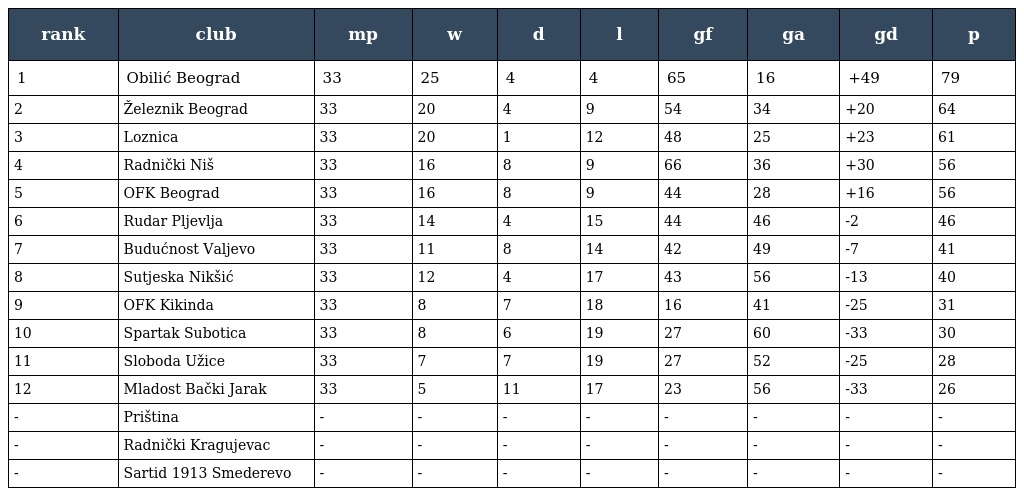
| rank | club | mp | w | d | l | gf | ga | gd | p |
 | --- | --- | --- | --- | --- | --- | --- | --- | --- | --- |
 | 1 | Obilić Beograd | 33 | 25 | 4 | 4 | 65 | 16 | +49 | 79 |
 | 2 | Železnik Beograd | 33 | 20 | 4 | 9 | 54 | 34 | +20 | 64 |
 | 3 | Loznica | 33 | 20 | 1 | 12 | 48 | 25 | +23 | 61 |
 | 4 | Radnički Niš | 33 | 16 | 8 | 9 | 66 | 36 | +30 | 56 |
 | 5 | OFK Beograd | 33 | 16 | 8 | 9 | 44 | 28 | +16 | 56 |
 | 6 | Rudar Pljevlja | 33 | 14 | 4 | 15 | 44 | 46 | -2 | 46 |
 | 7 | Budućnost Valjevo | 33 | 11 | 8 | 14 | 42 | 49 | -7 | 41 |
 | 8 | Sutjeska Nikšić | 33 | 12 | 4 | 17 | 43 | 56 | -13 | 40 |
 | 9 | OFK Kikinda | 33 | 8 | 7 | 18 | 16 | 41 | -25 | 31 |
 | 10 | Spartak Subotica | 33 | 8 | 6 | 19 | 27 | 60 | -33 | 30 |
 | 11 | Sloboda Užice | 33 | 7 | 7 | 19 | 27 | 52 | -25 | 28 |
 | 12 | Mladost Bački Jarak | 33 | 5 | 11 | 17 | 23 | 56 | -33 | 26 |
 | - | Priština | - | - | - | - | - | - | - | - |
 | - | Radnički Kragujevac | - | - | - | - | - | - | - | - |
 | - | Sartid 1913 Smederevo | - | - | - | - | - | - | - | - |